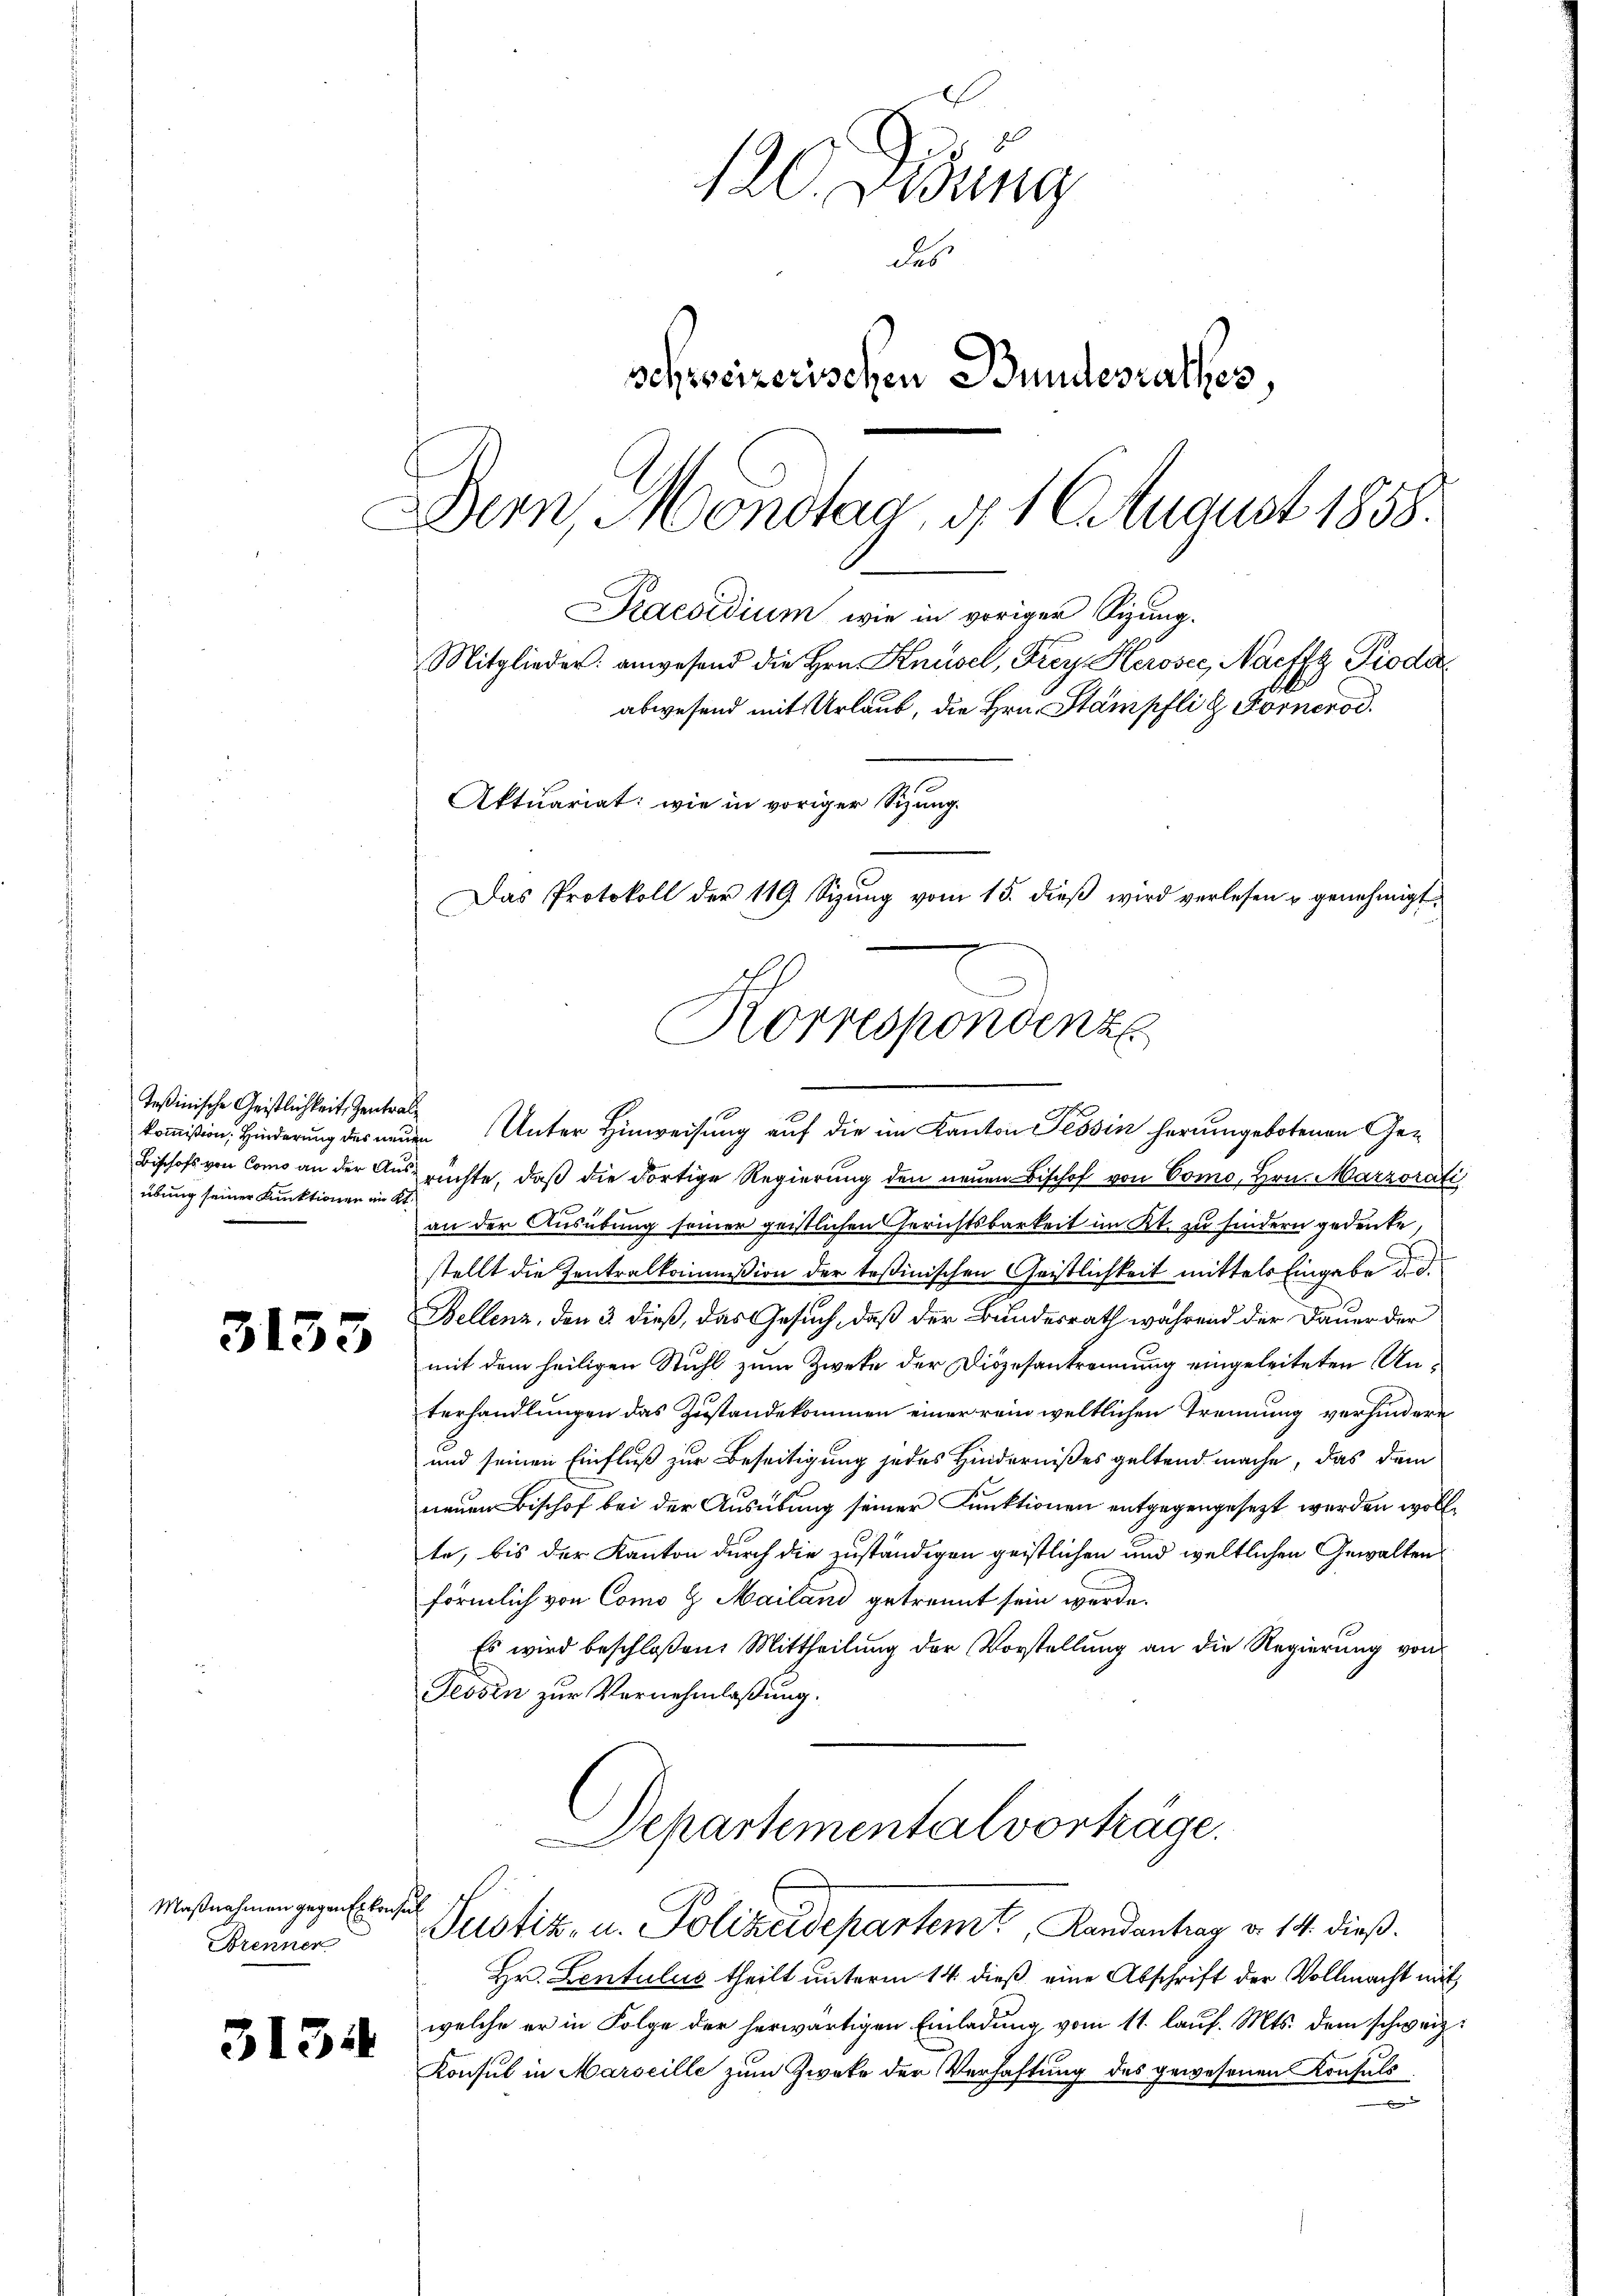
Teßinische Geistlichkeit, Zentralübung seiner Funktionen im Kt.

3133

3134

120. Jung
des
schweizerischen Bundesrathes,
Dern, Mondtag, d. 1 August 1858.
Praesidium, wie in voriger Sizung.

koṁission, Hinderŭng des neŭen Unter Hinweisung auf die im Kanton Tessin herumgebotenen Ge¬
Bischofs von Como an der Auspruchte, daß die dortige Regierung den neuen Bischof von Como, Hrn. Marzorati
an der Ausübung seiner geistlichen Gerichtsbarkeit im Kt. zu findern gedenke,
stellt die Zentralkommißion der Teßinischen Geistlichkeit mittels Eingabe d. d.
Bellenz, den 3. dieß, das Gesuch, daß der Bundesrath während der Dauer der
mit dem heiligen Stuhl zum Zweke der Diözesantrennung eingeleiteten Unterhandlungen das Zustandekommen einer rein weltlichen Trennung verhindere
und seinen Einfluß zur Beseitigung jedes Hindernißes geltend mache, das dem
neuen Bischof bei der Ausübung seiner Funktionen entgegengesezt werden wollte, bis der Kanton durch die zuständigen geistlichen und weltlichen Gewalten
förmlich von Como H. Mailand getrennt sein werde.
Es wird beschloßen: Mittheilung der Vorstellung an die Regierung von
Jessen zur Vernehmlassung.
Departementalvorträge.

Maßnahmen gegen Erkonsul
Brennen

Aktuariat: wie in voriger Sitzung
Das Protokoll der 119 Sizung vom 15. dieβ wird verlesen u genehmigt.
Korrespondenz

Mitglieder: anwesend die Hrn. Knüsel, Frey Herosee, Nachft Pioda
abwesend mit Urlaub, die Hrn. Stampfli & Fornerod.

Justiz, u. Polizeidepartemt, Kandentrag v. 14. dieß.

Hr. Lentulus theilt unterm 14. dieß eine Abschrift der Vollmacht mit
welche er in Folge der herwärtigen Einladung vom 11. lauf. Mts. dem schweiz.
Konsul in Marseille zum Zweke der Verhaftung des gewesenen Konsuls
.